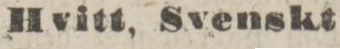
Hvitt, Svenskt